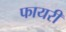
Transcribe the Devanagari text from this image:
फायरी